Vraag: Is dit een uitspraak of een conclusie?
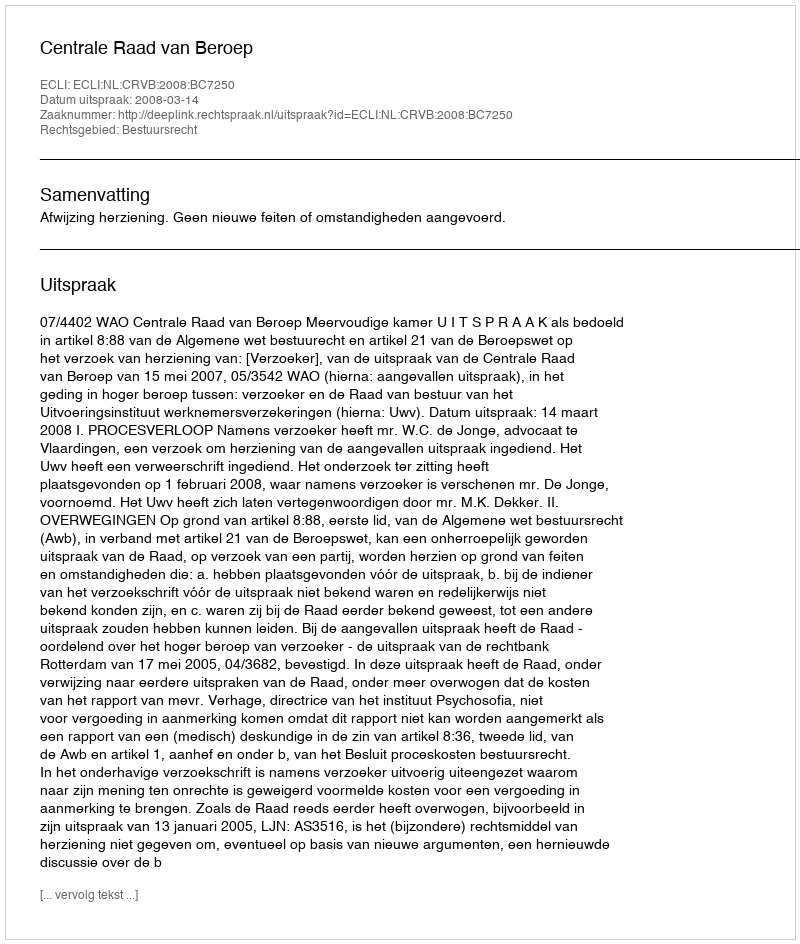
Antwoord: Uitspraak